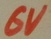
Text: 6V